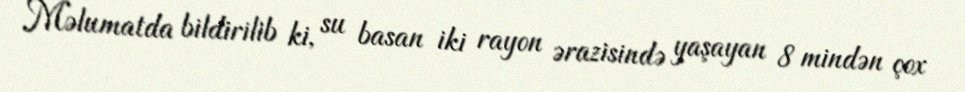
Məlumatda bildirilib ki, su basan iki rayon ərazisində yaşayan 8 mindən çox